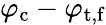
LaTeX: \varphi_{\mathrm{c}}-\varphi_{\mathrm{t,f}}